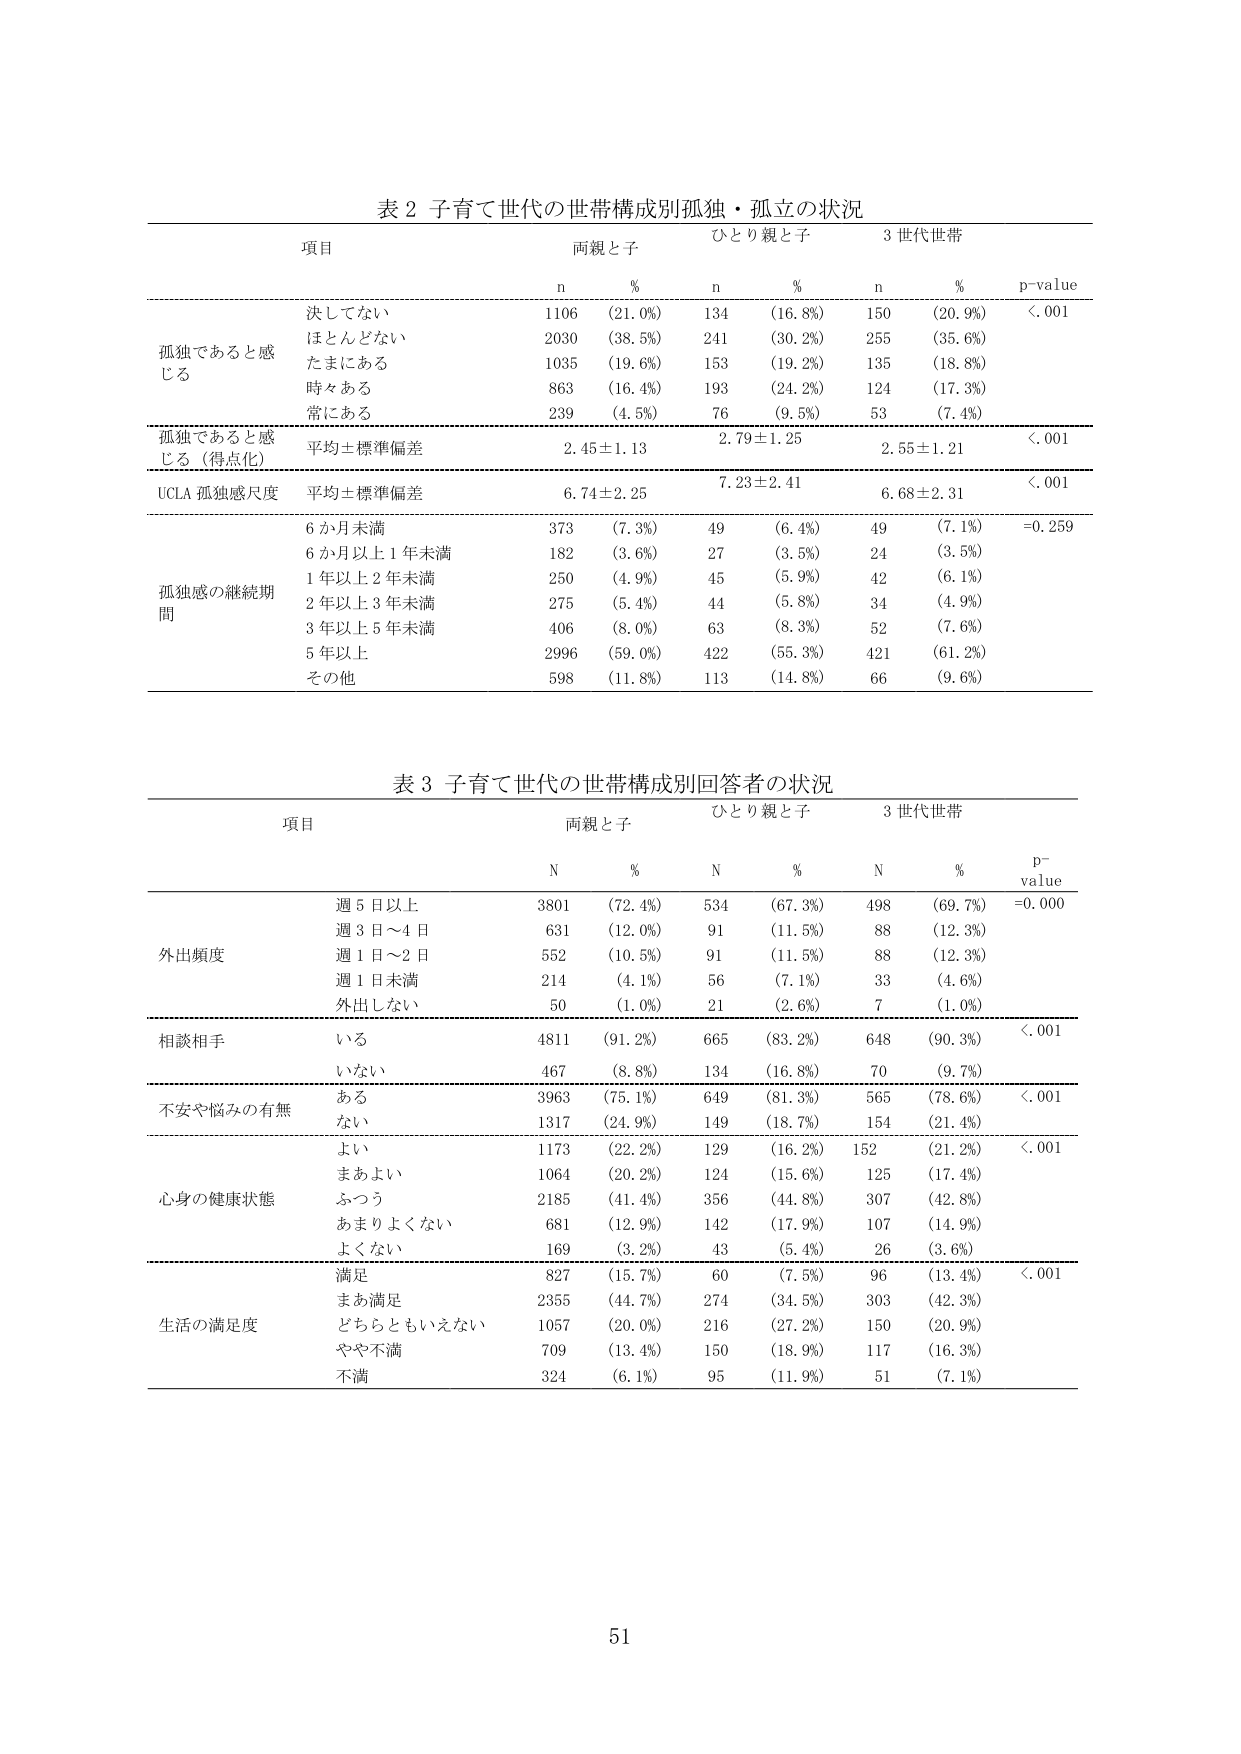
表２ 子育て世代の世帯構成別孤独・孤立の状況

項目